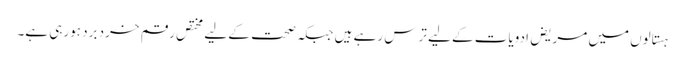
ہستالوں میں مریض ادویات کے لیے ترس رہے ہیں جبکہ صحت کے لیے مختص رقم خرد برد ہورہی ہے۔